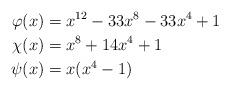
LaTeX: \begin{align*}\varphi(x)&=x^{12}-33x^8-33x^4+1\\\chi(x)&=x^8+14x^4+1\\\psi(x)&=x(x^4-1)\end{align*}